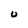
Character: U